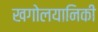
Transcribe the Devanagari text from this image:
खगोलयानिकी